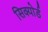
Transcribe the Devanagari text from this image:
सिक्योर्ड